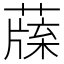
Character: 𦺯